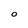
Character: o